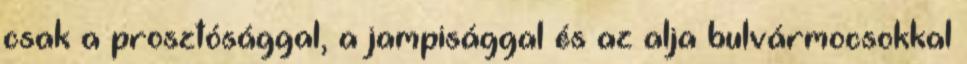
csak a prosztósággal, a jampisággal és az alja bulvármocsokkal